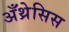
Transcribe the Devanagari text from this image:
अँथ्रेसिस